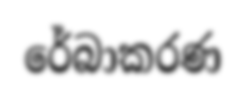
රේබාකරණ